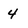
Character: 4